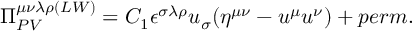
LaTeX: \Pi _ { P V } ^ { \mu \nu \lambda \rho ( L W ) } = C _ { 1 } \epsilon ^ { \sigma \lambda \rho } u _ { \sigma } ( \eta ^ { \mu \nu } - u ^ { \mu } u ^ { \nu } ) + p e r m .